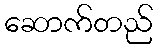
ဆောက်တည်